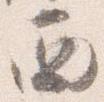
西